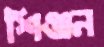
শিঞ্জন